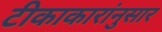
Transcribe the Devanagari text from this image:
टीकाकारांनुसार